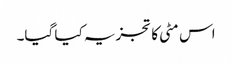
اس مٹی کا تجزیہ کیا گیا۔